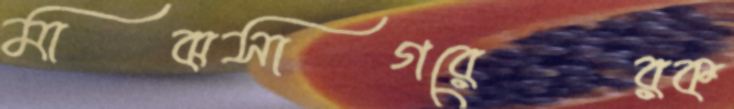
মাঝসাগরেরক